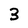
Character: 3